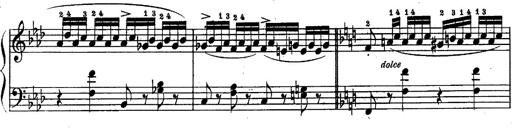
Title: Schubert's Impromptus [revised and edited by Franz Liszt]
Composer: Franz Liszt